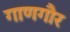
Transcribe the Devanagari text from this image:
गाणगौर